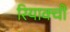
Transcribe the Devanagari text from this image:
रियाक्ची